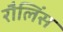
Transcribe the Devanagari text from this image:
रौलिंस